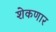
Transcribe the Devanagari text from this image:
शेकणार